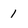
Character: 1